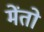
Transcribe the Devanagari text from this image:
मेंतो